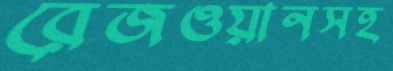
রেজওয়ানসহ